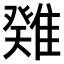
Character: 𩀁